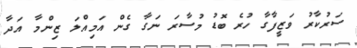
ސަރުކާރު ވަޒީފާގާ ހުރެ ބޮޑު މުސާރަ ނަގާ ގެން އަމިއްލަ ޒިންމާ އަދާ